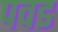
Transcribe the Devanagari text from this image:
पवड